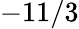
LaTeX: -11/3